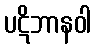
ပဋိဘာနဝါ